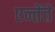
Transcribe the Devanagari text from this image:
एन्तेंते